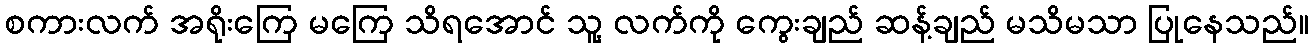
စကားလက် အရိုးကြေ မကြေ သိရအောင် သူ့ လက်ကို ကွေးချည် ဆန့်ချည် မသိမသာ ပြုနေသည်။